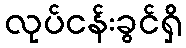
လုပ်ငန်းခွင်ရှိ